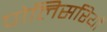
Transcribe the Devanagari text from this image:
पोलिसरियों